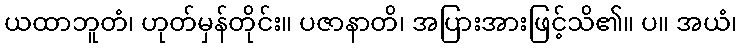
ယထာဘူတံ၊ ဟုတ်မှန်တိုင်း။ ပဇာနာတိ၊ အပြားအားဖြင့်သိ၏။ ပ။ အယံ၊